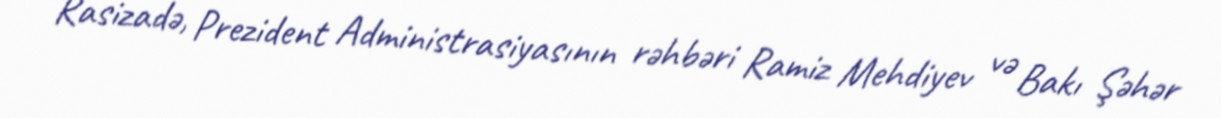
Rasizadə, Prezident Administrasiyasının rəhbəri Ramiz Mehdiyev və Bakı Şəhər